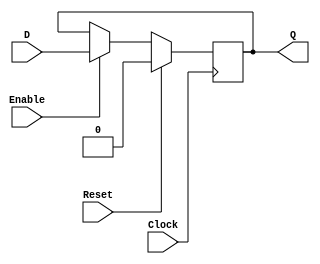
//----------------------------------------------------
module FFD_POSEDGE_SYNCRONOUS_RESET # ( parameter SIZE=1 )
(
	input wire				Clock,
	input wire				Reset,
	input wire				Enable,
	input wire [SIZE-1:0]	D,
	output reg [SIZE-1:0]	Q
);
	

always @ (posedge Clock) 
begin
	if ( Reset )
		Q <= {SIZE{1'b0}};
	else
	begin	
		if (Enable) 
			Q <= D; 
	end	
 
end//always

endmodule